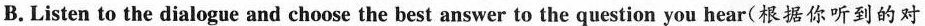
B.Listen to the dialogue and choose the best answer to the question you hear(根据你听到的对